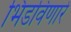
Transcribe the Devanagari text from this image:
भिडविणारे